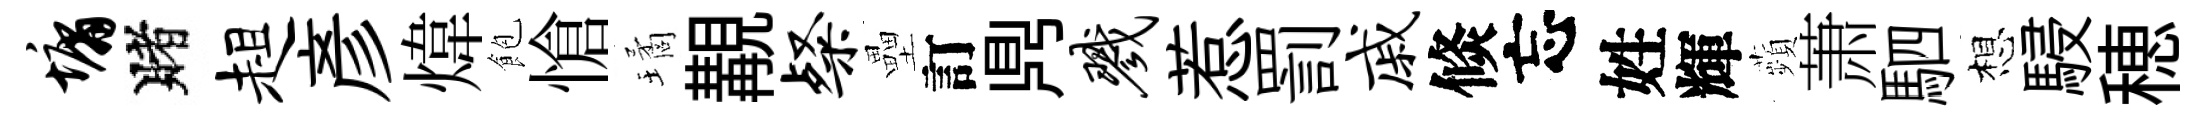
墉賭趄彥煒飽愴璚覯粲壘訂𪔂戮惹罰戚倐忘姓輝蘋萧駟想駸穂